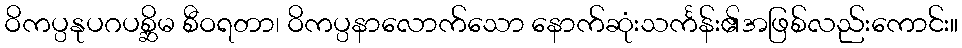
ဝိကပ္ပနုပဂပစ္ဆိမ စီဝရတာ၊ ဝိကပ္ပနာလောက်သော နောက်ဆုံးသင်္ကန်း၏အဖြစ်လည်းကောင်း။